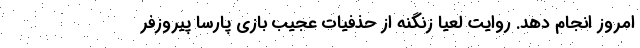
امروز انجام دهد. روایت لعیا زنگنه از حذفیات عجیب بازی پارسا پیروزفر